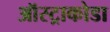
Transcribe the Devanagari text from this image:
ऑस्ट्राकोडा